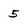
Character: 5